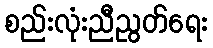
စည်းလုံးညီညွတ်ရေး